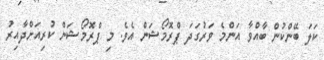
ކަލަ ބޭންކުން ބާއްވާ އަންމެ ވަރުގަދަ ޕްރޮމޯޝަން އެވެ. މި ޕްރޮމޯޝަން ކުރިއަށްދާއިރު